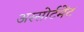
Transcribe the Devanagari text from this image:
अस्सोर्टमेंट